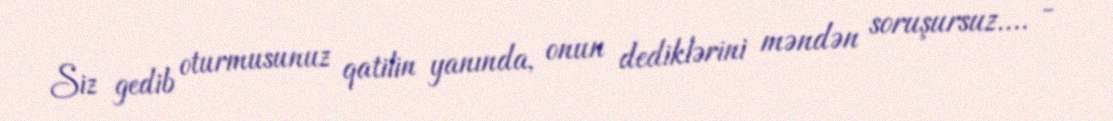
Siz gedib oturmusunuz qatilin yanında, onun dediklərini məndən soruşursuz.... -